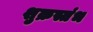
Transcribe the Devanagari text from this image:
शुक्रस्तंभ